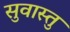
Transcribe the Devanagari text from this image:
सुवास्तु